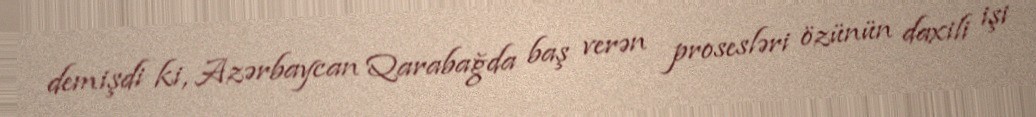
demişdi ki, Azərbaycan Qarabağda baş verən prosesləri özünün daxili işi